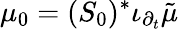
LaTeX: \mu_{0}=(S_{0})^{*}\iota_{\partial_{t}}{\tilde{\mu}}